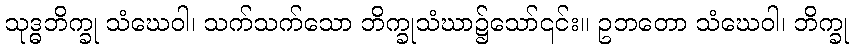
သုဒ္ဓဘိက္ခု သံဃေဝါ၊ သက်သက်သော ဘိက္ခုသံဃာ၌သော်၎င်း။ ဥဘတော သံဃေဝါ၊ ဘိက္ခု